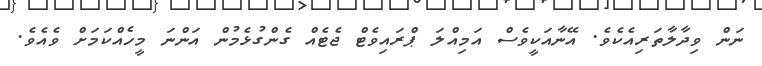
ނަން ވިދާލާތަރިއެކެވެ. އޭނާއަކީވެސް އަމިއްލަ ޕްރައިވެޓް ޖެޓެއް ގެންގުޅެމުން އަންނަ މީހެއްކަމަށް ވެއެވެ.